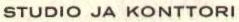
STUDIO JA KONTTORI